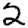
Digit: 2